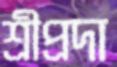
শ্রীপ্রদা